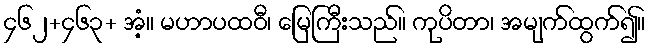
၄၆၂+၄၆၃+ အံ့။ မဟာပထဝီ၊ မြေကြီးသည်။ ကုပိတာ၊ အမျက်ထွက်၍။